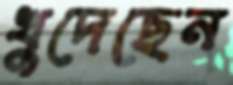
খুদেছেন